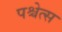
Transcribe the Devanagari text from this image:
पश्चेत्स